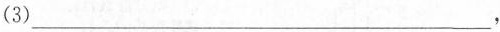
(3)___，